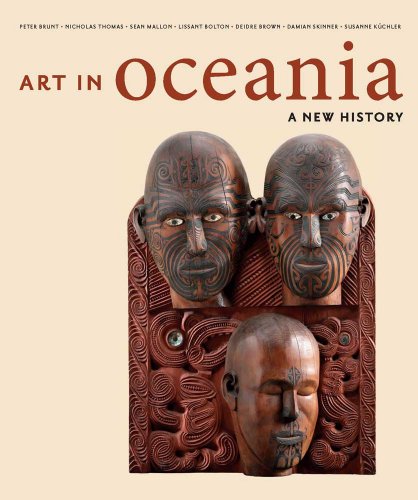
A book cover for Art in Oceania: A New History; Peter Brunt; History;